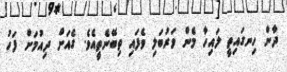
ދާން ހިނގައިތީ ލައިހާ މެން ވަރުބަލި ވެފައި ތިބޭނެތީއެވެ. ގެއަށް ދިއުމަށް ފަހު